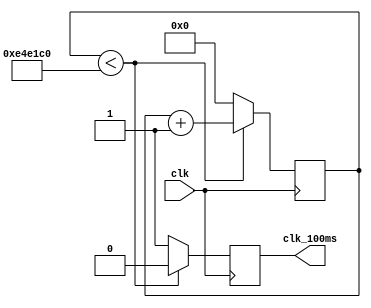
`timescale 1ns / 1ps
//////////////////////////////////////////////////////////////////////////////////
// Company: 
// Engineer: 
// 
// Design Name: 
// Module Name:    clkdiv_100ms 
// Project Name: 
// Target Devices: 
// Tool versions: 
// Description: 
//
// Dependencies: 
//
// Revision: 
// Revision 0.01 - File Created
// Additional Comments: 
//
//////////////////////////////////////////////////////////////////////////////////
module clkdiv_100ms(
  			input clk,
			output reg clk_100ms
    );
	 reg [31:0] count;
	 
	 always @(posedge clk)
	 begin
			if (count < 15000000)
			begin
				count <= count + 1;
				clk_100ms <= 0;
			end
			else
			begin
				count <= 0;
				clk_100ms <= 1;
			end
	 end
	
endmodule